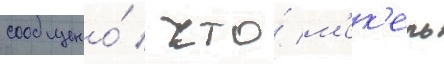
сообщено́ / что́ м'ек'ель